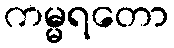
ကမ္မရတော